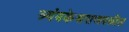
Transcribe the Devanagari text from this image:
त्र्यंबकेश्वराजवळील